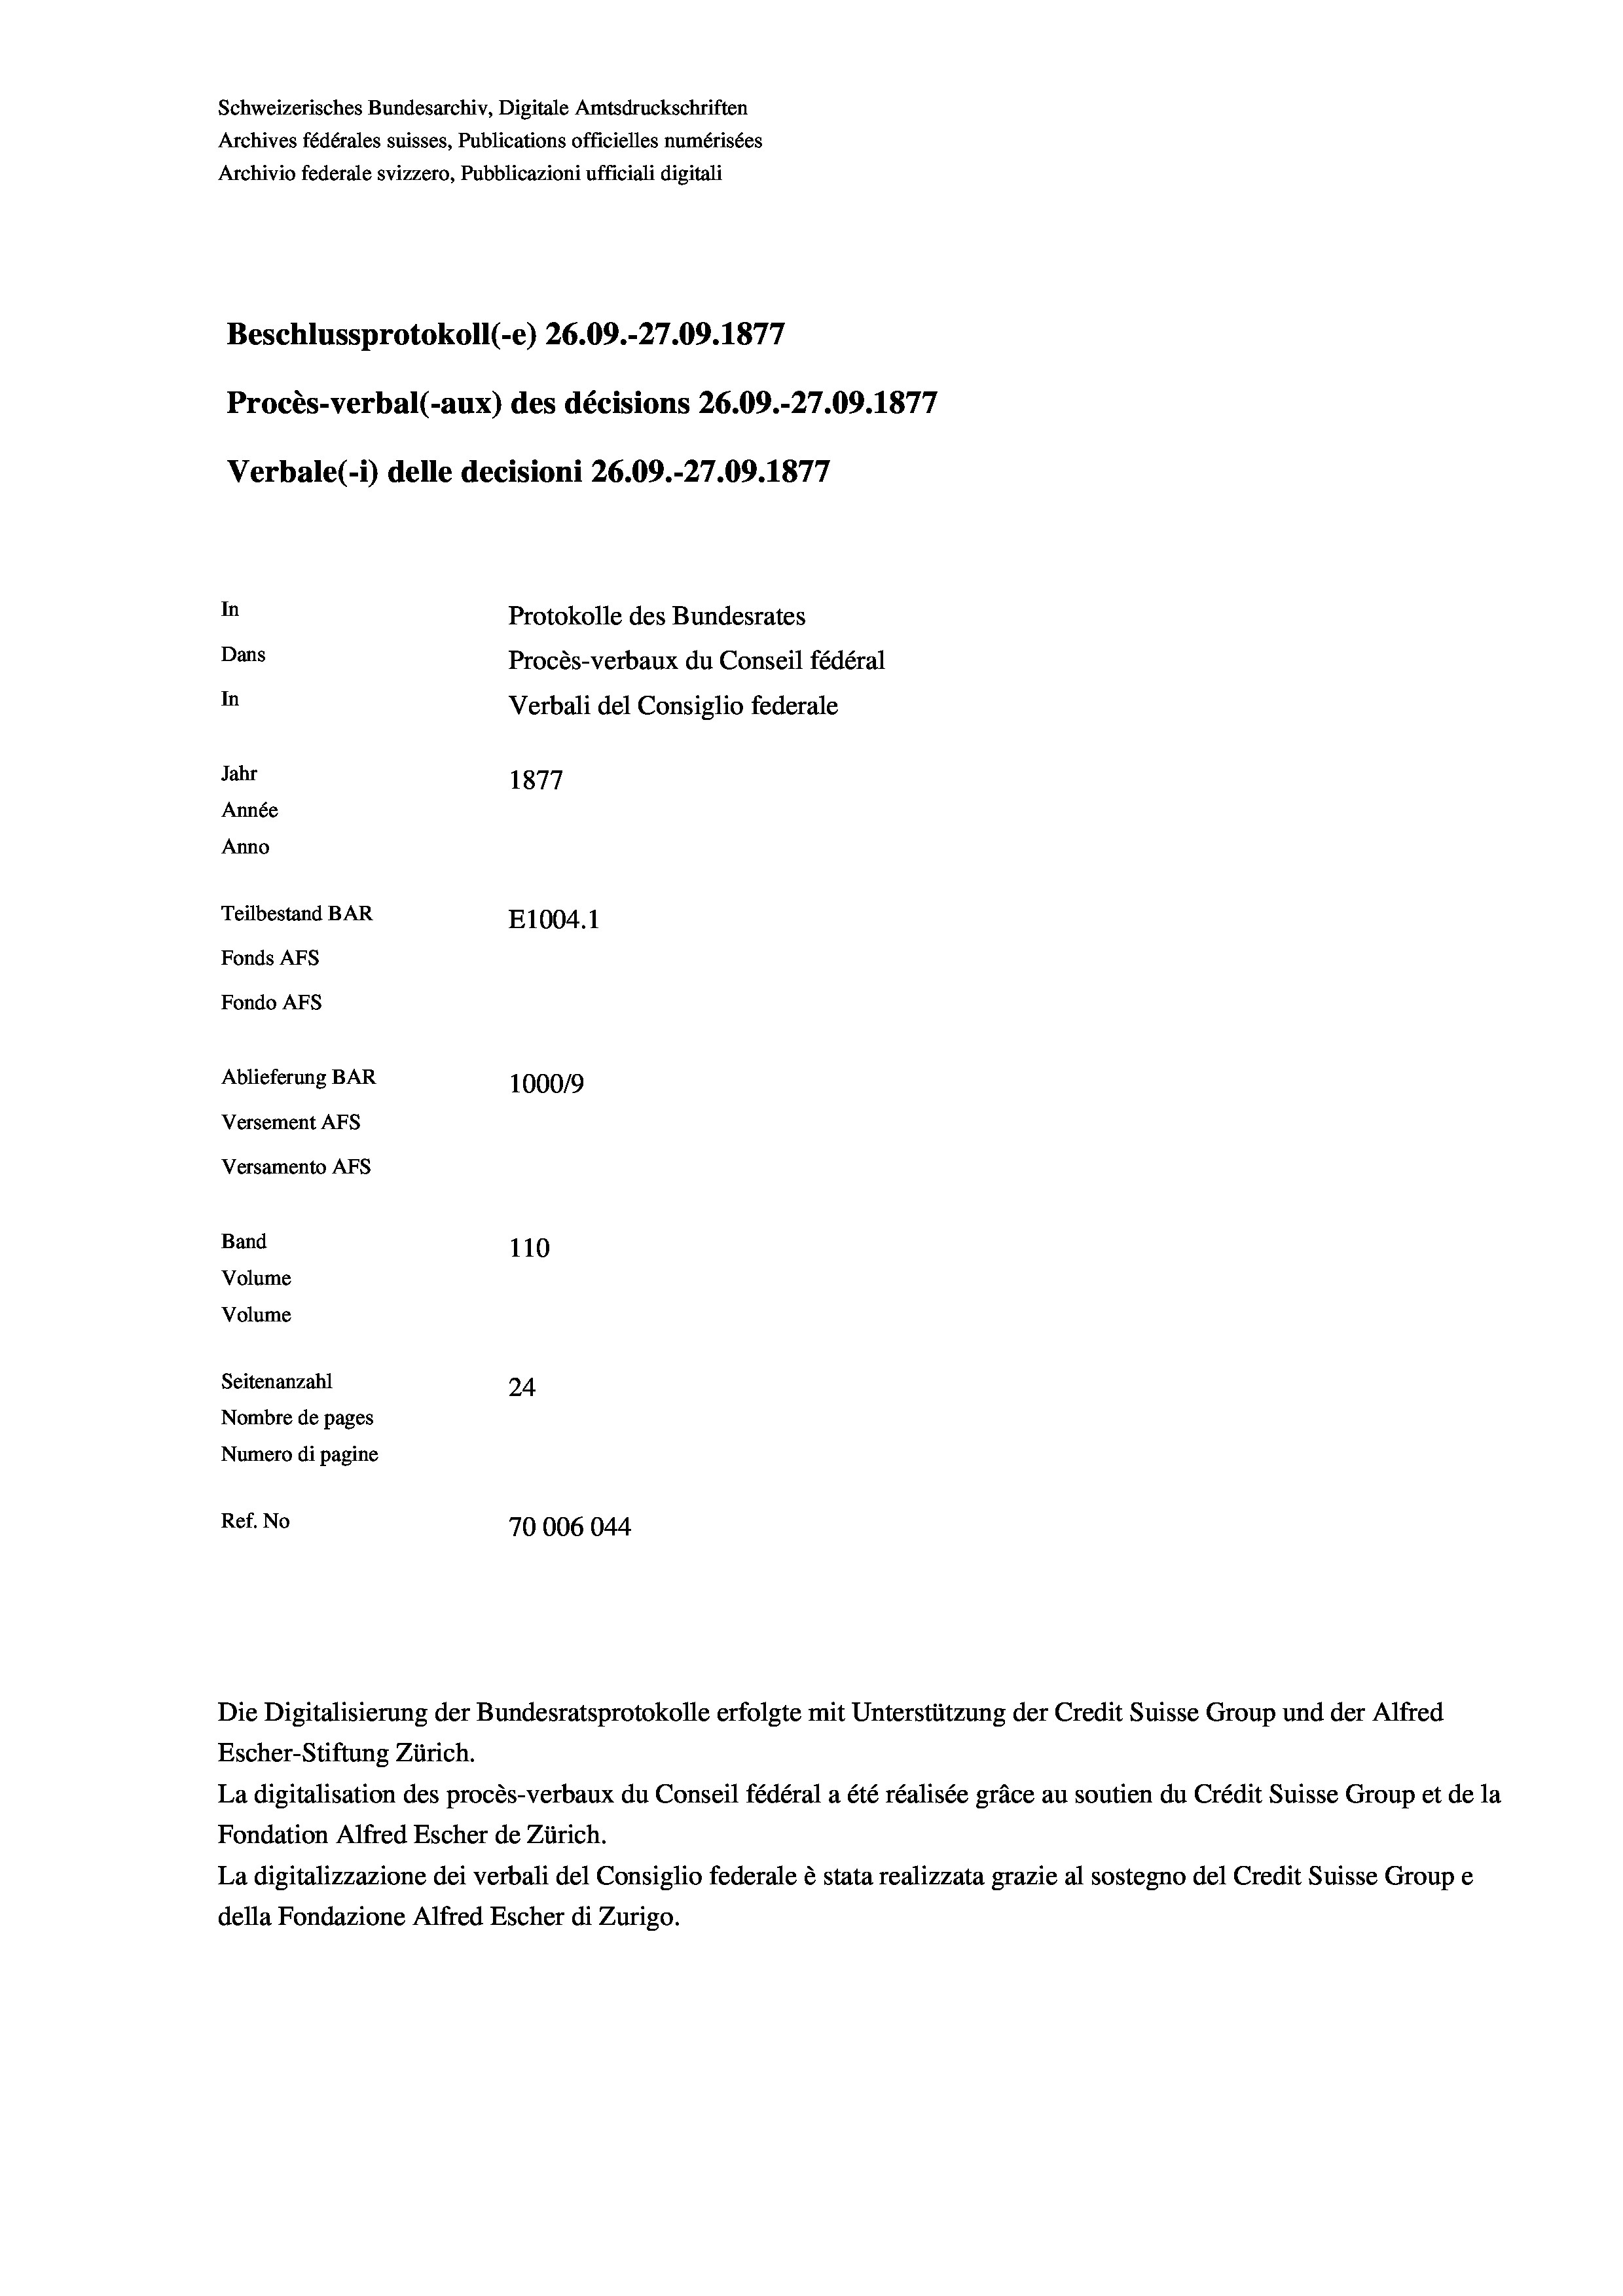
Schweizerisches Bundesarchiv, Digitale Amtsdruckschriften
Archives fédérales suisses, Publications officielles numérisées
Archivio federale svizzero, Pubblicazioni ufficiali digitali
Beschlussprotokoll (-e) 26.09.-27.09. 1877
Procès-verbal (-aux) des décisions 26.09.-27.09. 1877
Verbale (- 1) delle decisioni 26.09.-27.09. 1877
In
Protokolle des Bundesrates
Dans
Procès-verbaux du Conseil fédéral
In
Verbali del Consiglio federale
Jahr
1877
Année
Anno
Teilbestand BAR
E1004.1
Fonds AFs
Fondo AFs
Ablieferung BAR
100019
Versement AFs
Versamento Afs
Band
110
Volume
Volume
Seitenanzahl
24
Nombre de pages
Numero di pagine
Ref. No
70006044

Escher-Stiftung Zürich.
La digitalisation des procès-verbaux du Conseil fédéral a été réalisée gräce au soutien du Crédit Suisse Group et de la
Fondation Alfred Escher de Zürich.
La digitalizzazione dei verbali del Consiglio federale è stata realizzata grazie al sostegno del Credit Suisse Groupe
della Fondazione Alfred Escher di Zurigo.

Die Digitalisierung der Bundesratsprotokolle erfolgte mit Unterstützung der Credit Suisse Group und der Alfred